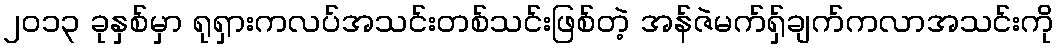
၂၀၁၃ ခုနှစ်မှာ ရုရှားကလပ်အသင်းတစ်သင်းဖြစ်တဲ့ အန်ဇဲမက်ရှ်ချက်ကလာအသင်းကို